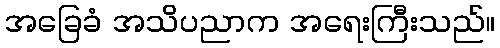
အခြေခံ အသိပညာက အရေးကြီးသည်။